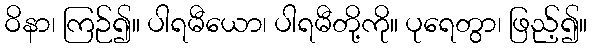
ဝိနာ၊ ကြဉ်၍။ ပါရမီယော၊ ပါရမီတို့ကို။ ပုရေတွာ၊ ဖြည့်၍။